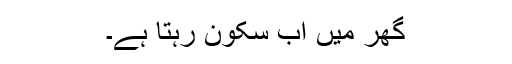
گھر میں اب سکون رہتا ہے۔